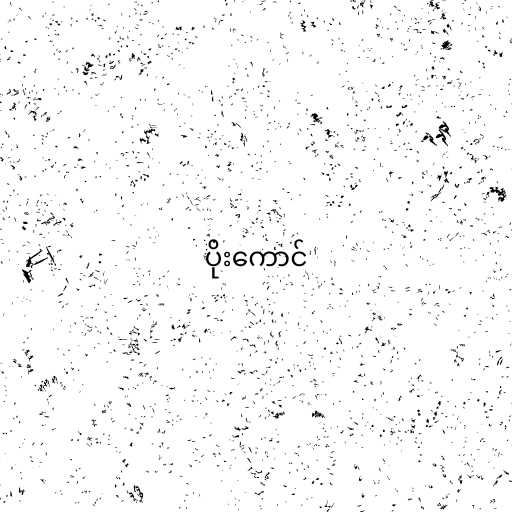
ပိုးကောင်